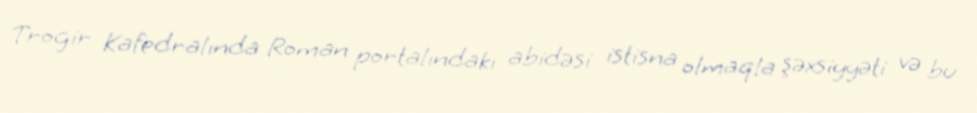
Trogir Kafedralında Roman portalındakı abidəsi istisna olmaqla şəxsiyyəti və bu